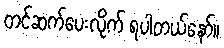
တင်ဆက်ပေးလိုက် ရပါတယ်နော်။